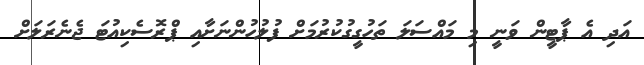
އަދި އެ ޕާޓީން ވަނީ މި މައްސަލަ ތަހުގީގުކުރުމަށް ފުލުހުންނަށާއި ޕްރޮސެކިއުޓަ ޖެނެރަލަށް